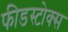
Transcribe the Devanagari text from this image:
फीडस्टोक्स